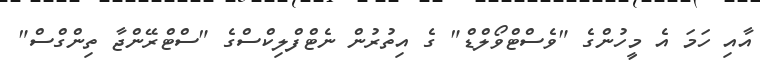
އާއި ހަމަ އެ މީހުންގެ "ވެސްޓްވޯލްޑް" ގެ އިތުރުން ނެޓްފްލިކްސްގެ "ސްޓްރޭންޖާ ތިންގްސް"